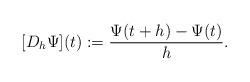
LaTeX: \begin{align*} [D_h \Psi](t) := \frac{ \Psi(t+h) - \Psi(t) }{h} .\end{align*}